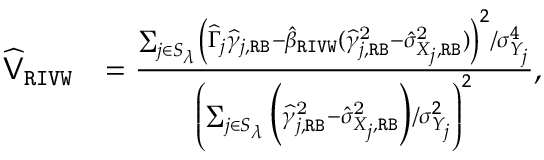
\begin{array} { r l } { \widehat { \mathsf { V } } _ { \mathtt { R I V W } } } & { = \frac { \sum _ { j \in S _ { \lambda } } \left( \widehat \Gamma _ { j } \widehat \gamma _ { j , \mathtt { R B } } - \hat { \beta } _ { \mathtt { R I V W } } ( \widehat \gamma _ { j , \mathtt { R B } } ^ { \mathrm { 2 } } - \hat { \sigma } _ { X _ { j } , \mathtt { R B } } ^ { \mathrm { 2 } } ) \right) ^ { 2 } / \sigma _ { Y _ { j } } ^ { 4 } } { \left( \sum _ { j \in S _ { \lambda } } \Big ( \widehat \gamma _ { j , \mathtt { R B } } ^ { \mathrm { 2 } } - \hat { \sigma } _ { X _ { j } , \mathtt { R B } } ^ { \mathrm { 2 } } \Big ) / \sigma _ { Y _ { j } } ^ { 2 } \right) ^ { 2 } } , } \end{array}